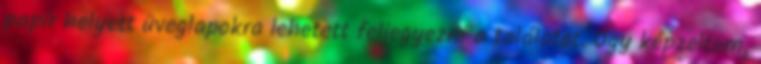
papír helyett üveglapokra lehetett feljegyezni a találatot. Úgy képzeltem,